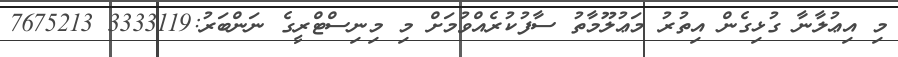
މި އިޢުލާނާ ގުޅިގެން އިތުރު މަޢުލޫމާތު ސާފުކުރެއްވުމަށް މި މިނިސްޓްރީގެ ނަންބަރު:3333119 7675213